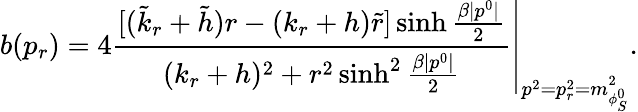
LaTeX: b(p_{r})=4\left.\frac{[(\tilde{k}_{r}+\tilde{h})r-(k_{r}+h)\tilde{r}]\sinh\frac{\beta|p^{0}|}{2}}{(k_{r}+h)^{2}+r^{2}\sinh^{2}\frac{\beta|p^{0}|}{2}}\right|_{p^{2}=p_{r}^{2}=m_{\phi_{S}^{0}}^{2}}.